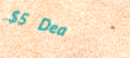
$5 Deal